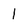
Character: 1